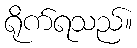
ရိုက်ရသည်။